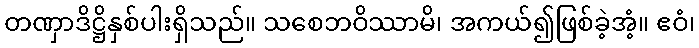
တဏှာဒိဋ္ဌိနှစ်ပါးရှိသည်။ သစေဘဝိဿာမိ၊ အကယ်၍ဖြစ်ခဲ့အံ့။ ဧဝံ၊